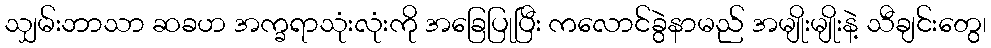
သျှမ်းဘာသာ ဆခဟ အက္ခရာသုံးလုံးကို အခြေပြုပြီး ကလောင်ခွဲနာမည် အမျိုးမျိုးနဲ့ သီချင်းတွေ၊